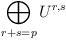
LaTeX: \begin{align*}\bigoplus_{\substack{r+s=p}} U^{r,s}\end{align*}